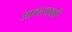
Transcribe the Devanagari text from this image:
आवश्यकों